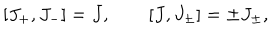
[ J _ { + } , J _ { - } ] = J , \qquad [ J , J _ { \pm } ] = \pm J _ { \pm } ,